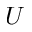
U